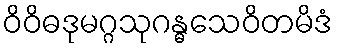
ဝိဝိဓဒုမဂ္ဂသုဂန္ဓသေဝိတမိဒံ